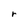
Character: r